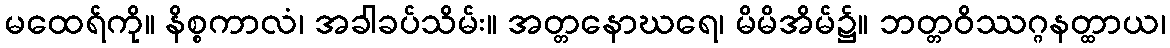
မထေရ်ကို။ နိစ္စကာလံ၊ အခါခပ်သိမ်း။ အတ္တနောဃရေ၊ မိမိအိမ်၌။ ဘတ္တဝိဿဂ္ဂနတ္ထာယ၊